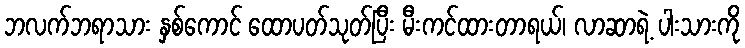
ဘလက်ဘရာသား နှစ်ကောင် ထောပတ်သုတ်ပြီး မီးကင်ထားတာရယ်၊ လာဆာရဲ့ ပါးသားကို